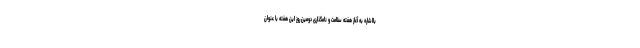
بااشاره به آغاز هفته سلامت و نامگذاری دومین روز این هفته با عنوان